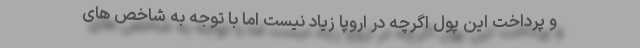
و پرداخت این پول اگرچه در اروپا زیاد نیست اما با توجه به شاخص های